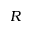
R